Bulletin of the Pasteur Institute of Southern India, Coonoor - No. 3.
Year: 1910
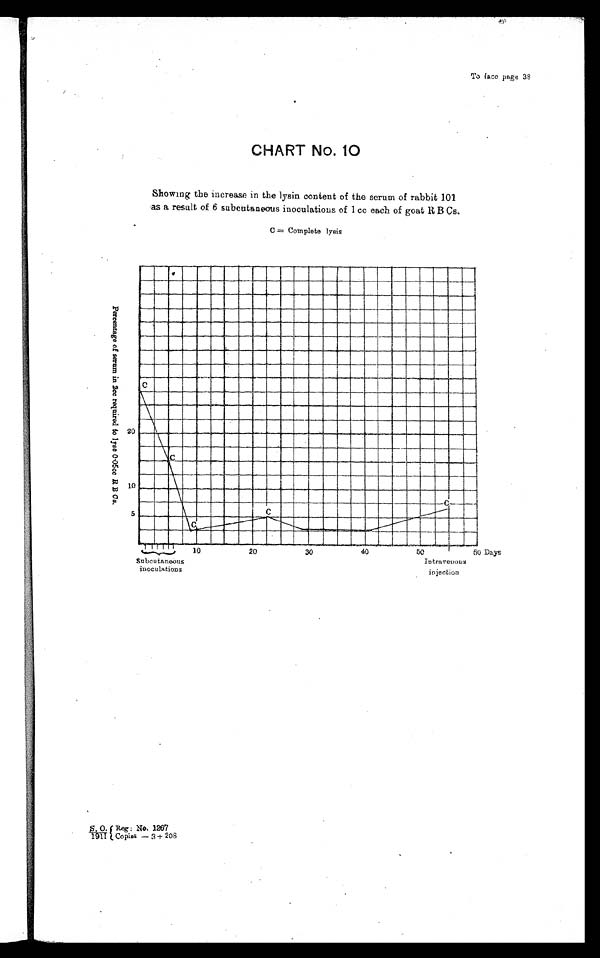
To face page 38
CHART No. 10
Showing the increase in the lysin content of the serum of rabbit 101
as a result of 6 subcutaneous inoculations of 1 cc each of goat R B Cs.
C = Complete lysis